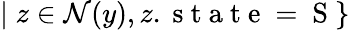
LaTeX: |\; z\in\mathcal{N}(y),z.\mathrm{~s~t~a~t~e~=~S~}\}